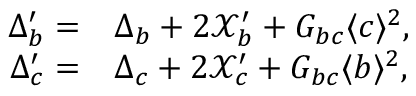
\begin{array} { r l } { \Delta _ { b } ^ { \prime } = } & { { } \Delta _ { b } + 2 \mathcal { X } _ { b } ^ { \prime } + G _ { b c } \langle c \rangle ^ { 2 } , } \\ { \Delta _ { c } ^ { \prime } = } & { { } \Delta _ { c } + 2 \mathcal { X } _ { c } ^ { \prime } + G _ { b c } \langle b \rangle ^ { 2 } , } \end{array}